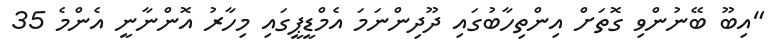
"އިބޫ ބޭނުންވި ގޮތަށް އިންތިހާބުގައި ދޫދިންނަމަ އެމްޑީޕީގައި މިހާރު އޮންނާނީ އެންމެ 35